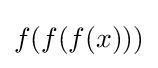
f(f(f(x)))